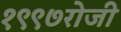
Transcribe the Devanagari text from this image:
१९९७रोजी